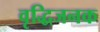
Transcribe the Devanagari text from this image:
वृद्धिजनक